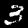
Label: 3